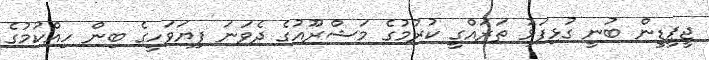
ޖީޕީޑީން ބުނީ ގުޅިފަޅު ތަރައްގީ ކުރުމުގެ މަޝްރޫއުގެ ދެވަނަ ފިޔަވަހީގެ ބިން ހިއްކުމުގެ